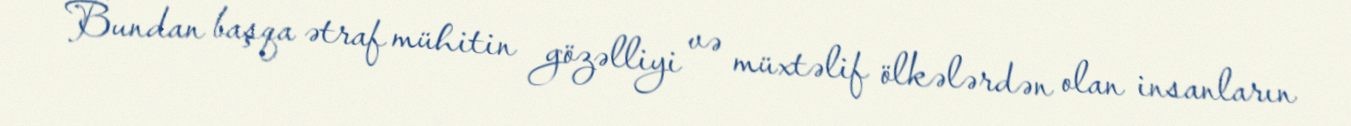
Bundan başqa ətraf mühitin gözəlliyi və müxtəlif ölkələrdən olan insanların